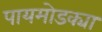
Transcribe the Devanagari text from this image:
पायमोडक्या